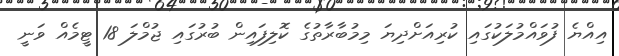
އިއްޔެ ފުވައްމުލަކުގައި ކުރިއަށްދިޔަ މިމުބާރާތުގެ ކޮލިފައިން ބުރުގައި ޖުމްލަ 18 ޓީމެއް ވަނީ